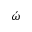
\acute { \omega }